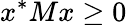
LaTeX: x^{*}Mx\geq 0